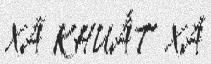
XÃ KHUẤT XÁ